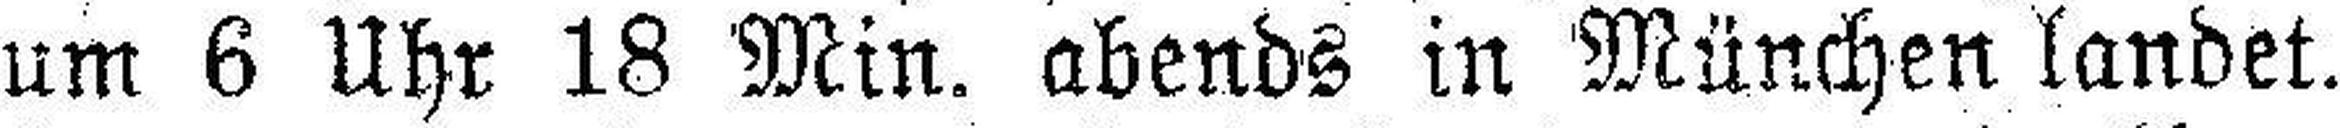
um 6 Uhr 18 Min. abends in München landet.